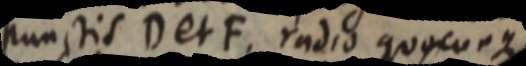
punctis D et F, radio quocunque